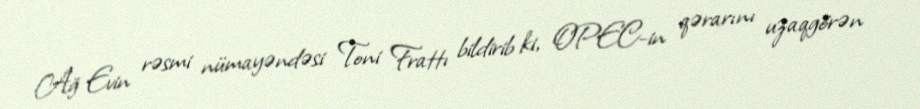
Ağ Evin rəsmi nümayəndəsi Toni Frattı bildirib ki, OPEC-in qərarını uzaqgörən